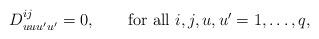
LaTeX: \begin{align*} D^{ij}_{uu u'u' }=0 ,\quad\quad \mbox{for all $i,j,u,u'=1,\dots,q$,} \end{align*}